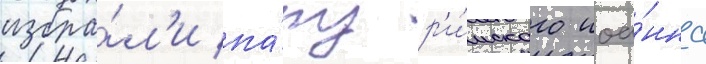
избра́л'и па́пу р'и́мского иоа́нна